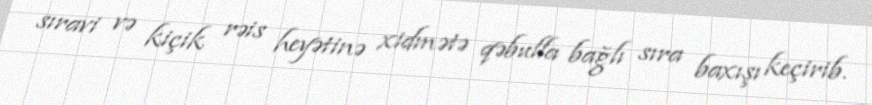
sıravi və kiçik rəis heyətinə xidmətə qəbulla bağlı sıra baxışı keçirib.